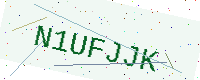
Text: N1UFJJK